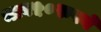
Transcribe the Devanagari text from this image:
भाव५०रुपये